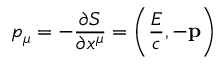
p _ { \mu } = - { \frac { \partial S } { \partial x ^ { \mu } } } = \left( { \frac { E } { c } } , - \mathbf { p } \right)